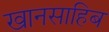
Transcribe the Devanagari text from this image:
खानसाहिब